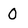
Character: 0